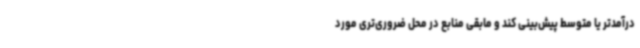
درآمدتر یا متوسط پیش‌بینی کند و مابقی منابع در محل ضروری‌تری مورد